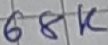
Text: 68K